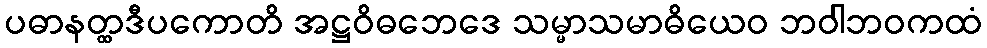
ပဓာနတ္ထဒီပကောတိ အဋ္ဌဝိဓဘေဒေ သမ္မာသမာဓိယေဝ ဘဝါဘဝကထံ